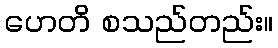
ဟေတိ စသည်တည်း။